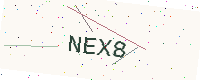
Text: NEX8